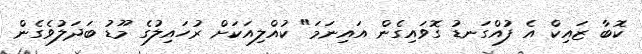
ކޮބާ ޒައިކް އެ ފުއްގަނޑު ގޮވައިގެން އައިނަމަ" ކުއްލިއަކަށް ރުހައިލުގެ މޫޑު ބަދަލުވެގެން